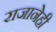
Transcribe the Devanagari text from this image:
राजानेही